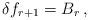
LaTeX: \begin{align*}\delta f_{r+1}=B_r\,,\end{align*}